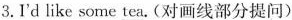
3.I'd like some tea.(对画线部分提问)